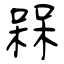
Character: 槑